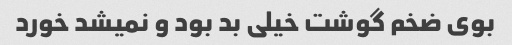
بوی ضخم گوشت خیلی بد بود و نمیشد خورد